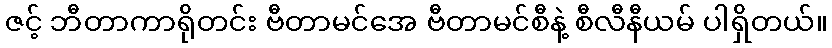
ဇင့် ဘီတာကာရိုတင်း ဗီတာမင်အေ ဗီတာမင်စီနဲ့ စီလီနီယမ် ပါရှိတယ်။